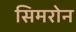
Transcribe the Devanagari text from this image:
सिमरोन